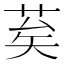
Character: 𦮸